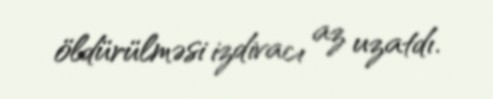
öldürülməsi izdivacı az uzatdı.